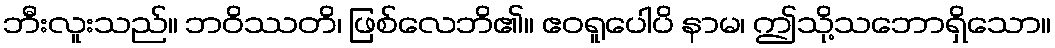
ဘီးလူးသည်။ ဘဝိဿတိ၊ ဖြစ်လေဘိ၏။ ဧဝရူပေါပိ နာမ၊ ဤသို့သဘောရှိသော။